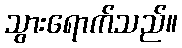
သွားရောက်သည်။